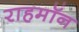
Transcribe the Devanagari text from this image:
राहमॉन